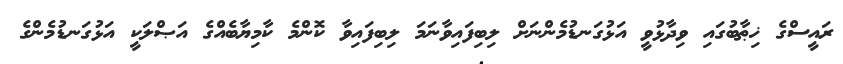
ރައީސްގެ ޚިޠާބުގައި ވިދާޅުވީ އަޅުގަނޑުމެންނަށް ލިބިފައިވާނަމަ ލިބިފައިވާ ކޮންމެ ކާމިޔާބެއްގެ އަޞްލަކީ އަޅުގަނޑުމެންގެ